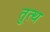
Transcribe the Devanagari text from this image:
तुत्थ